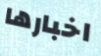
اخبارها